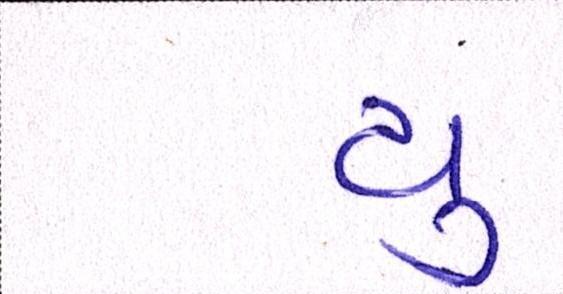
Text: યુ